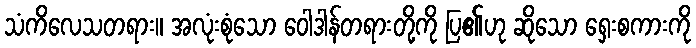
သံကိလေသတရား။ အလုံးစုံသော ဝေါဒါန်တရားတို့ကို ပြ၏ဟု ဆိုသော ရှေးစကားကို